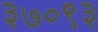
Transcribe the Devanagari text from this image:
३७०९३